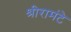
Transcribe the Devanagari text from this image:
श्रीरामंटे